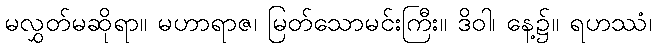
မလွှတ်မဆိုရာ။ မဟာရာဇ၊ မြတ်သောမင်းကြီး။ ဒိဝါ၊ နေ့၌။ ရဟဿံ၊